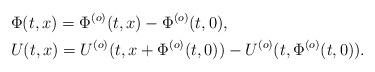
LaTeX: \begin{align*}& \Phi(t,x)= \Phi^{(o)}(t,x) - \Phi^{(o)} (t,0), \\& U(t,x) = U^{(o)} (t,x+\Phi^{(o)} (t,0)) - U^{(o)} (t, \Phi^{(o)} (t,0)). \end{align*}